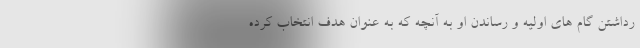
رداشتن گام های اولیه و رساندن او به آنچه که به عنوان هدف انتخاب کرده